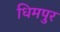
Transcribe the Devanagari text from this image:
धिमपुर